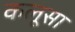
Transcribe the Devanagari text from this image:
कलूसा